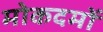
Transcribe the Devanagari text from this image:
मोकदमों